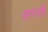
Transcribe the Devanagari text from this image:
कणसी